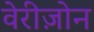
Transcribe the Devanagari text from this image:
वेरीज़ोन